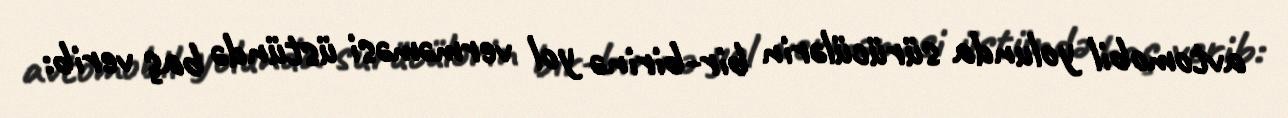
avtomobil yolunda sürücülərin bir-birinə yol verməməsi üstündə baş verib: